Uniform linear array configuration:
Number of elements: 64
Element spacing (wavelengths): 1
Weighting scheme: binomial
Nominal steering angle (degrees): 45
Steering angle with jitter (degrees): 44.927
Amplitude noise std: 0.05
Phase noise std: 0.05

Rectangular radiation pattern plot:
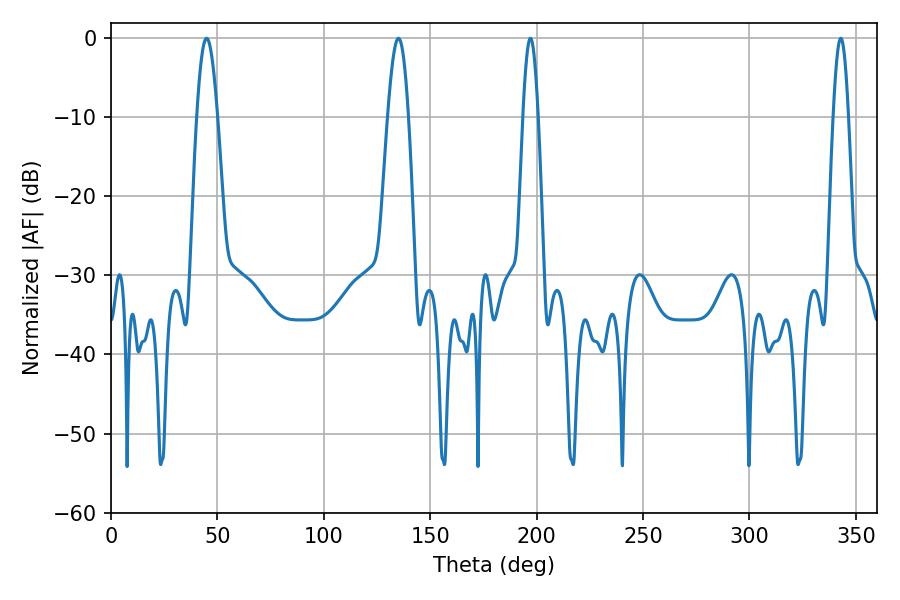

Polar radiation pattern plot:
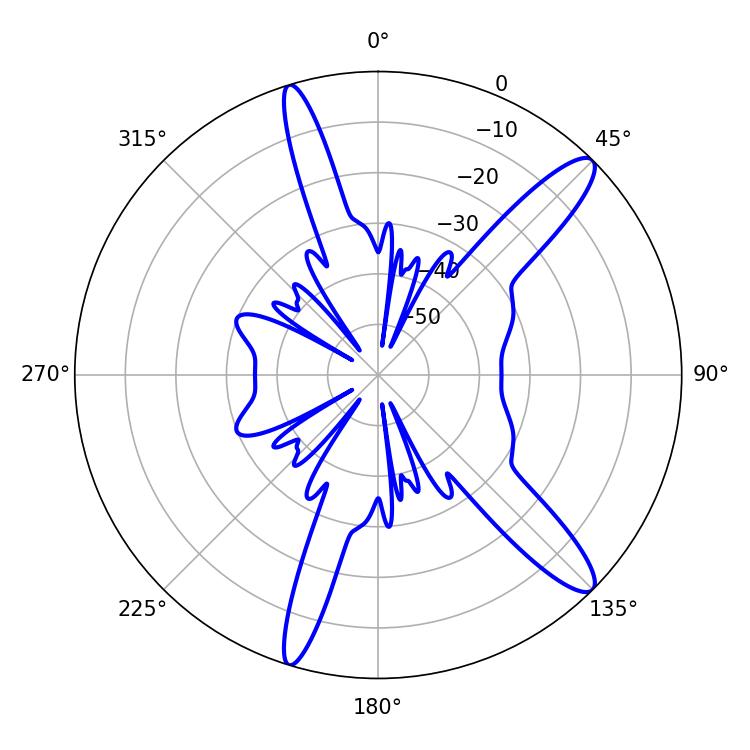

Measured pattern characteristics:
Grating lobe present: TRUE
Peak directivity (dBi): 13.047
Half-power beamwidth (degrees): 3.96
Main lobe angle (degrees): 197.1